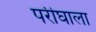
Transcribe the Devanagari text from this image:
परीघाला